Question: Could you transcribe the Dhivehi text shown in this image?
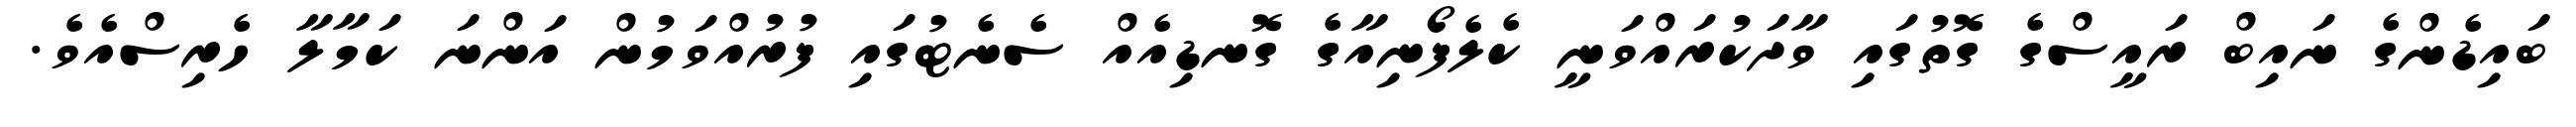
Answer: ބައިޑެންގެ ނައިބް ރައީސްގެ ގޮތުގައި ވާދަކުރައްވަނީ ކެލެފޯނިއާގެ ގޮނޑިއެއް ސެނެޓުގައި ފުރުއްވަމުން އަންނަ ކަމާލާ ހެރިސްއެވެ.